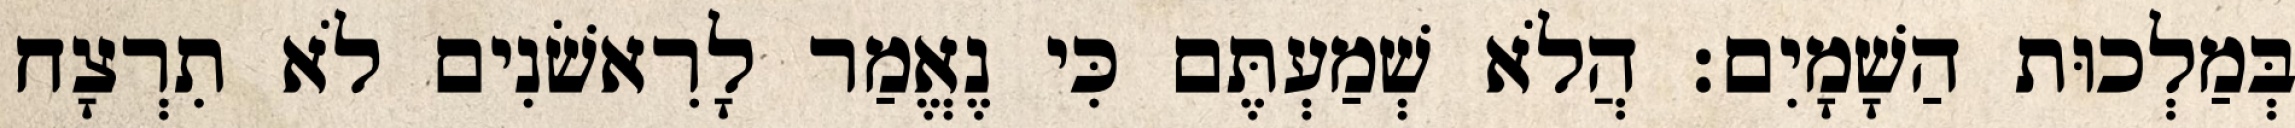
בְּמַלְכוּת הַשָׁמָיִם׃ הֲלֹא שְׁמַעְתֶּם כִּי נֶאֱמַר לָרִאשֹׁנִים לֹא תִרְצָח